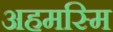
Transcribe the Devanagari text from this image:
अहमस्मि